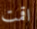
اقمت